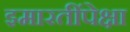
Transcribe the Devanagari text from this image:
इमारतींपेक्षा